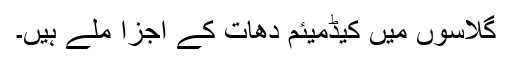
گلاسوں میں کیڈمیئم دھات کے اجزا ملے ہیں۔